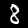
Label: 8